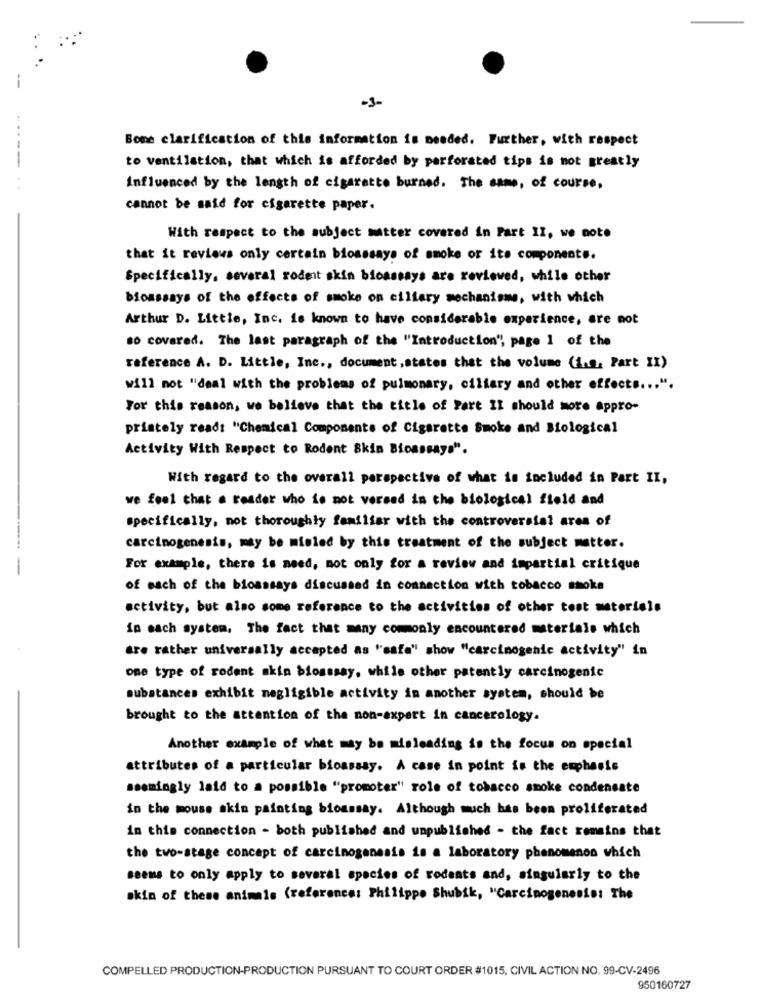
-3-
Bone clarification of this information is needed. Further, with respect
----
to ventilation, that which is afforded by perforated tips is not greatly
Influenced by the length of cigaratto burned. The same, of course.
cannot be said for cigarette paper.
With respect to the subject matter covered in Part II, we note
that it reviews only certain bioassays of smoke or its components.
Specifically, several rodent skin bioassays are reviewed, while other
bioassays of the effects of smoke on ciliary mechanisms, with which
Arthur D. Little, Inc. is known to have considerable experience, are not
to covered. The last paragraph of the "Introduction", page 1 of the
reference A. D. Little, Inc ., document,states that the volume (i.e. Part II)
will not "deal with the problems of pulmonary, ciliary and other effects ... ".
For this reason, we believe that the title of Part II should more appro-
pristely read: "Chemical Components of Cigarette Smoke and Biological
Activity With Respect to Rodent Skin Bioassays".
With regard to the overall perspective of what is included in Part II,
we feel that a reader who is not versed in the biological field and
specifically, not thoroughly familiar with the controversial area of
------
carcinogenesis, may be misled by this treatment of the subject matter.
-
For example, there is need, mot only for a review and impartial critique
of each of the bioassays discussed in connection with tobacco smoke
activity, but also some reference to the activities of other test materiale
in each system, The fact that many commonly encountered materials which
are rather universally accepted as "safe" show "carcinogenic activity" in
one type of rodent skin bioassay, while other patently carcinogenic
substances exhibit negligible activity in another system, should be
brought to the attention of the non-expert in cancerology.
Another example of what may be misleading is the focus on special
attributes of a particular bioassay. A case in point is the emphasis
seemingly laid to a possible "promoter" role of tobacco smoke condensate
in the mouse akin painting bioassay. Although much has been proliferated
in this connection - both published and unpublished - the fact remains that
the two-stage concept of carcinogenesis is a laboratory phenomenon which
seems to only apply to several species of rodents and, singularly to the
skin of these animals (reference: Philippe Shubik, "Carcinogenesis: The
COMPELLED PRODUCTION-PRODUCTION PURSUANT TO COURT ORDER #1015, CIVIL ACTION NO. 99-CV-2496
950160727